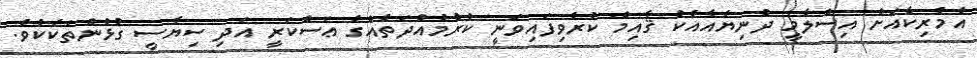
އެމެރިކާއަށް އިސްލާމީ ދުނިޔެއާއެކު ޤާއިމް ކުރެވިފައިވަނީ ކުރުމުއްދަތެއްގެ ޢަސްކަރީ އަދި ސިޔާސީ ގުޅުންތަކެކެވެ.